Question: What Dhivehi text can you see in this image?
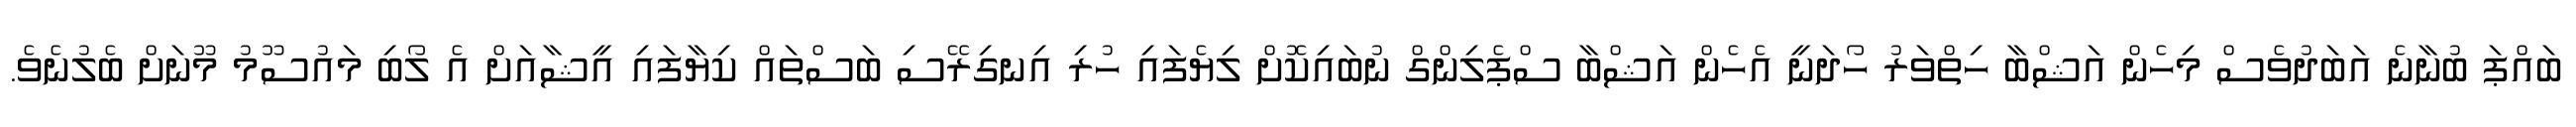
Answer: ބައްޕަ ބުނާނެ އަބަދުވެސް މިހެން އަޝްބާ ހިތްވަރު ހޯދަނީ އެހެން އަޝްބާ ސްޕެލިންގް ނުބައިކޮށް ލިޔެފައި ހުރި އިނގިރޭސި ބަސްތައް ކިޔާފައި އީޝާއަށް އެ ލޯބި މައުސޫމު މޫނަށް ބެލުނެވެ.